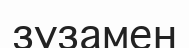
зузамен